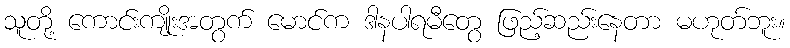
သူတို့ ကောင်းကျိုးအတွက် မောင်က ဒါနပါရမီတွေ ဖြည့်ဆည်းနေတာ မဟုတ်ဘူး။